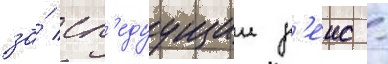
за́ сл'едуущии р'еис -